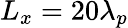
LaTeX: L_{x}=20\lambda_{p}